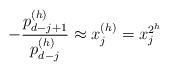
LaTeX: \begin{align*}-\frac{p_{d-j+1}^{(h)}}{p_{d-j}^{(h)}}\approx x^{(h)}_{j}=x_{j}^{2^h}\end{align*}